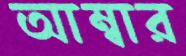
আম্বার